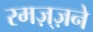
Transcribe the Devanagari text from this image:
रमज़्ज़ने